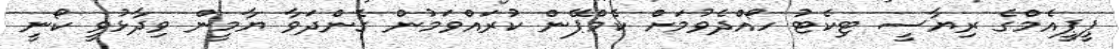
ޕީޕީއެމްގެ ރިޔާސީ ޓިކެޓު ހޯއްދެވުމަށް ކެމްޕޭން ކުރައްވަމުން ގެންދަވާ ޔާމީން ވިދާޅުވީ ކޯނީ